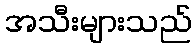
အသီးများသည်